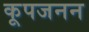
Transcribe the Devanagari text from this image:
कूपजनन